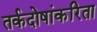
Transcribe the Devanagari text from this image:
तर्कदोषांकरिता